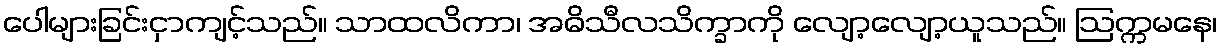
ပေါများခြင်းငှာကျင့်သည်။ သာထလိကာ၊ အဓိသီလသိက္ခာကို လျော့လျော့ယူသည်။ ဩက္ကမနေ၊